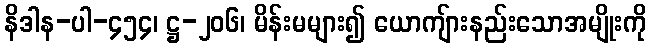
နိဒါန-ပါ-၄၅၄၊ ဋ္ဌ-၂၀၆၊ မိန်းမများ၍ ယောကျ်ားနည်းသောအမျိုးကို